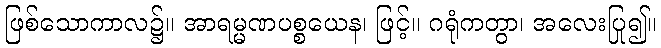
ဖြစ်သောကာလ၌။ အာရမ္မဏပစ္စယေန၊ ဖြင့်။ ဂရုံကတွာ၊ အလေးပြု၍။